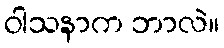
ဝါသနာက ဘာလဲ။